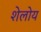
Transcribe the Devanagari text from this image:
शेलोय